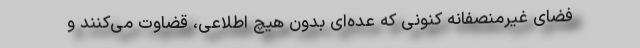
فضای غیرمنصفانه کنونی که عده‌ای بدون هیچ اطلاعی، قضاوت می‌کنند و